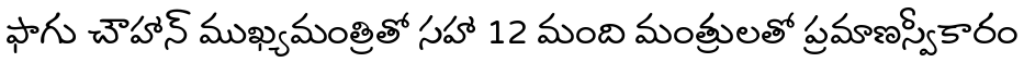
ఫాగు చౌహాన్ ముఖ్యమంత్రితో సహా 12 మంది మంత్రులతో ప్రమాణస్వీకారం